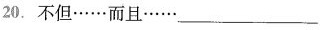
20.不但……而且……